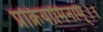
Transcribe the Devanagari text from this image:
प्रक्रियामिनाम्।।